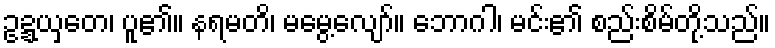
ဥဍ္ဍယှတေ၊ ပူ၏။ နရမတိ၊ မမွေ့လျော်။ ဘောဂါ၊ မင်း၏ စည်းစိမ်တို့သည်။